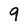
Character: 9